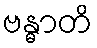
ဗန္ဓာတိ